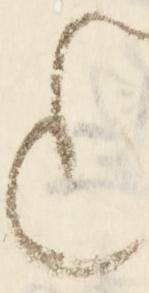
も